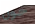
حول